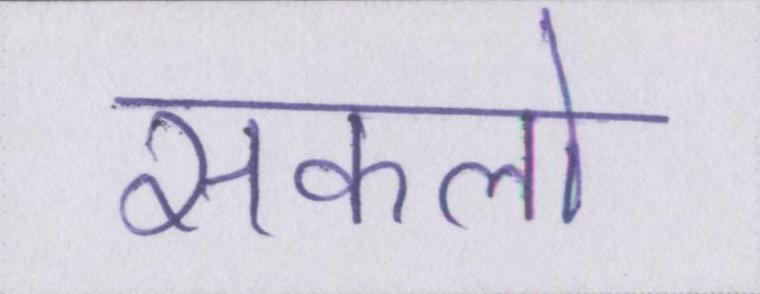
सकलो